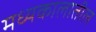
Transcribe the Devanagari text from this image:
मध्यकालातील